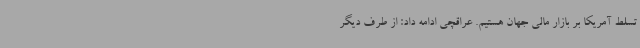
تسلط آمریکا بر بازار مالی جهان هستیم. عراقچی ادامه داد: از طرف دیگر